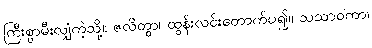
ကြီးစွာမီးလျှံကဲ့သို့။ ဇလိတွာ၊ ထွန်းလင်းတောက်ပ၍။ သသာဝကာ၊